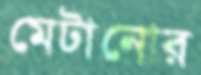
মেটানোর